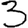
Digit: 3